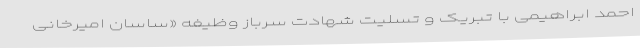
احمد ابراهیمی با تبریک و تسلیت شهادت سرباز وظیفه «ساسان امیرخانی